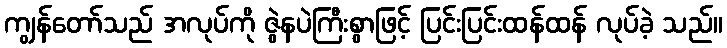
ကျွန်တော်သည် အလုပ်ကို ဇွဲနပဲကြီးစွာဖြင့် ပြင်းပြင်းထန်ထန် လုပ်ခဲ့ သည်။